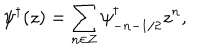
\psi ^ { \dagger } ( z ) = \sum _ { n \in { \bf Z } } \psi _ { - n - 1 / 2 } ^ { \dagger } z ^ { n } ,